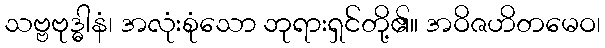
သဗ္ဗဗုဒ္ဓါနံ၊ အလုံးစုံသော ဘုရားရှင်တို့၏။ အဝိဇဟိတမေဝ၊